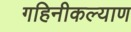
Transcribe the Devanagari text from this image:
गहिनीकल्याण